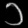
Digit: ၁